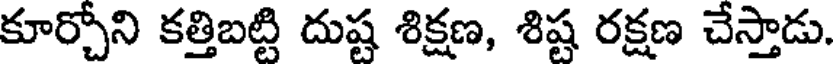
కూర్చోని కత్తిబట్టి దుష్ట శిక్షణ, శిష్ట రక్షణ చేస్తాడు.